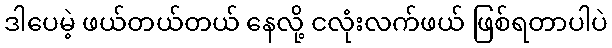
ဒါပေမဲ့ ဖယ်တယ်တယ် နေလို့ ငလုံးလက်ဖယ် ဖြစ်ရတာပါပဲ